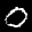
Label: 0